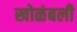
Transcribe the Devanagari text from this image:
खोळंबली